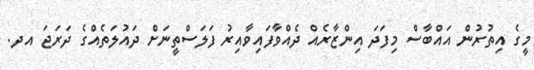
މީގެ އިތުރުން އައްބާސް މިފަދަ އިންޒާރެއް ދެއްވާފައިވާއިރު ފަލަސްތީނަށް ދައުލަތެއްގެ ދަރަޖަ އދ.